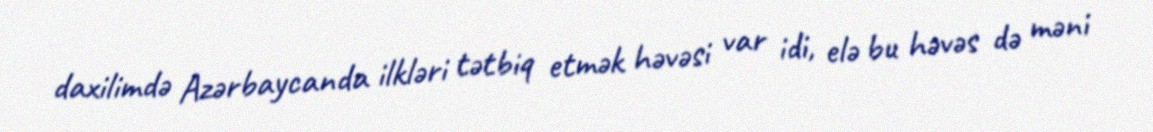
daxilimdə Azərbaycanda ilkləri tətbiq etmək həvəsi var idi, elə bu həvəs də məni